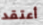
أعتقد